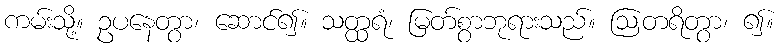
ကမ်းသို့။ ဥပနေတွာ၊ ဆောင်၍။ သတ္ထရံ၊ မြတ်စွာဘုရားသည်။ ဩတရိတွာ၊ ၍။